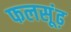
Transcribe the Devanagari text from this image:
फलसूंढ़